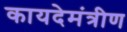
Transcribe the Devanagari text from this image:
कायदेमंत्रीण